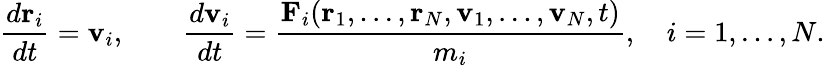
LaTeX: {\frac{d\mathbf{r}_{i}}{dt}}=\mathbf{v}_{i},\qquad{\frac{d\mathbf{v}_{i}}{dt}}={\frac{\mathbf{F}_{i}(\mathbf{r}_{1},\ldots,\mathbf{r}_{N},\mathbf{v}_{1},\ldots,\mathbf{v}_{N},t)}{m_{i}}},\quad i=1,\ldots,N.